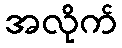
အလိုက်